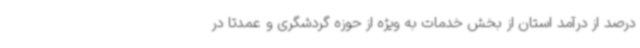
درصد از درآمد استان از بخش خدمات به ویژه از حوزه گردشگری و عمدتا در